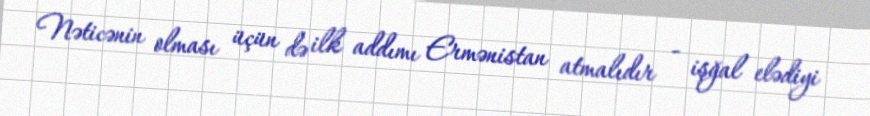
Nəticənin olması üçün də ilk addımı Ermənistan atmalıdır - işğal elədiyi